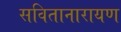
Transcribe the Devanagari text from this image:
सवितानारायण